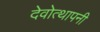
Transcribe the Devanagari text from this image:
देवोत्थापनी